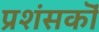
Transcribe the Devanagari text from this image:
प्रशंसकॊं